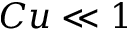
C u \ll 1